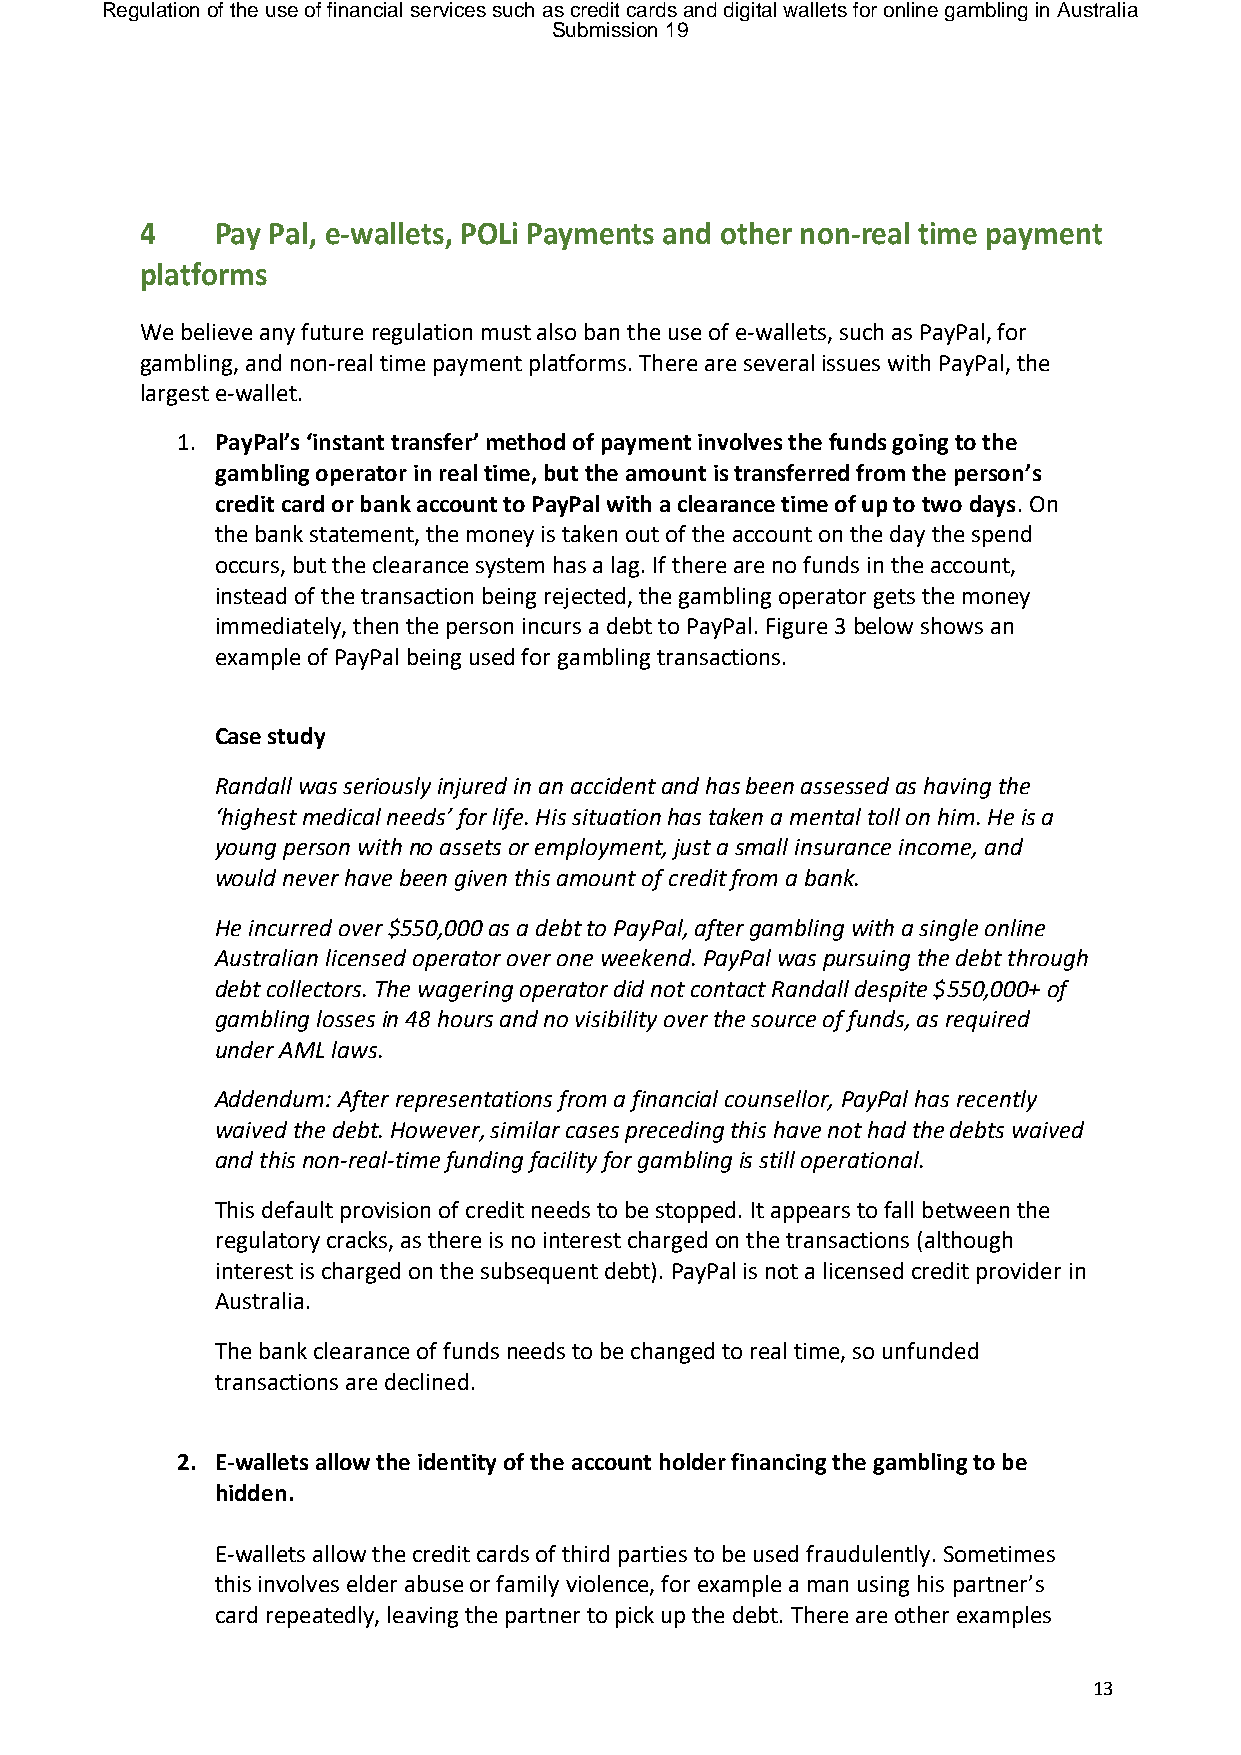
Regulation of the use of financial services such as credit cards and digital wallets for online gambling in Australia
 Submission 19
 4    Pay Pal, e-wallets, POLi Payments and other non-real time payment
 platforms
 We believe any future regulation must also ban the use of e-wallets, such as PayPal, for
 gambling, and non-real time payment platforms. There are several issues with PayPal, the
 largest e-wallet.
 1. PayPal’s ‘instant transfer’ method of payment involves the funds going to the
 gambling operator in real time, but the amount is transferred from the person’s
 credit card or bank account to PayPal with a clearance time of up to two days. On
 the bank statement, the money is taken out of the account on the day the spend
 occurs, but the clearance system has a lag. If there are no funds in the account,
 instead of the transaction being rejected, the gambling operator gets the money
 immediately, then the person incurs a debt to PayPal. Figure 3 below shows an
 example of PayPal being used for gambling transactions.
 Case study
 Randall was seriously injured in an accident and has been assessed as having the
 ‘highest medical needs’ for life. His situation has taken a mental toll on him. He is a
 young person with no assets or employment, just a small insurance income, and
 would never have been given this amount of credit from a bank.
 He incurred over $550,000 as a debt to PayPal, after gambling with a single online
 Australian licensed operator over one weekend. PayPal was pursuing the debt through
 debt collectors. The wagering operator did not contact Randall despite $550,000+ of
 gambling losses in 48 hours and no visibility over the source of funds, as required
 under AML laws.
 Addendum: After representations from a financial counsellor, PayPal has recently
 waived the debt. However, similar cases preceding this have not had the debts waived
 and this non-real-time funding facility for gambling is still operational.
 This default provision of credit needs to be stopped. It appears to fall between the
 regulatory cracks, as there is no interest charged on the transactions (although
 interest is charged on the subsequent debt). PayPal is not a licensed credit provider in
 Australia.
 The bank clearance of funds needs to be changed to real time, so unfunded
 transactions are declined.
 2. E-wallets allow the identity of the account holder financing the gambling to be
 hidden.
 E-wallets allow the credit cards of third parties to be used fraudulently. Sometimes
 this involves elder abuse or family violence, for example a man using his partner’s
 card repeatedly, leaving the partner to pick up the debt. There are other examples
 13